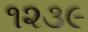
૧૨૩૯